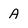
Character: A